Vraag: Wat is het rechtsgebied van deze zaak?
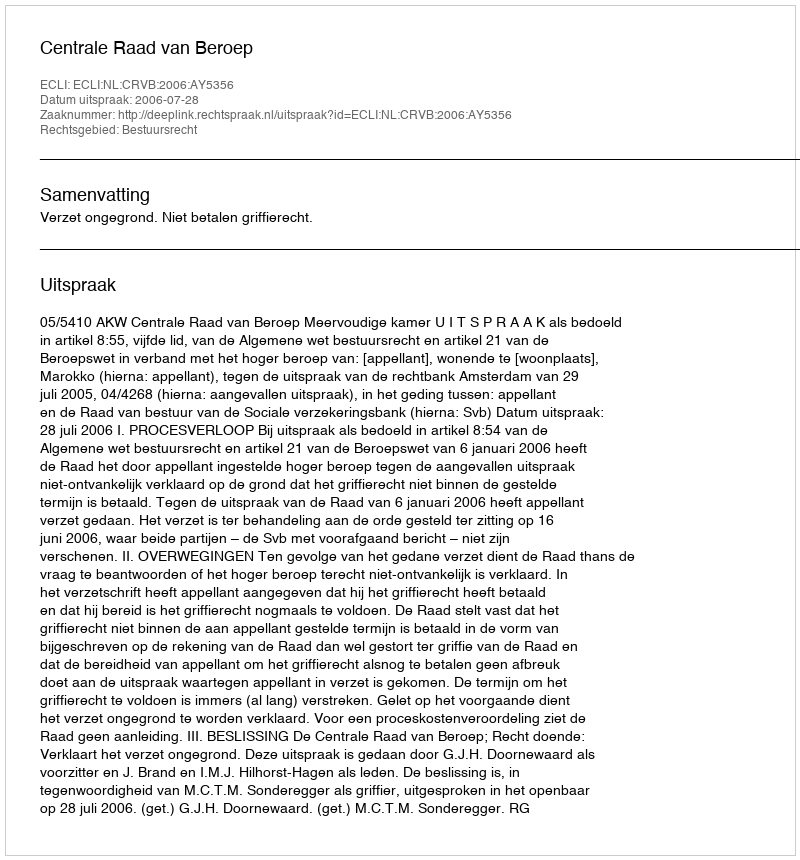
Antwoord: Bestuursrecht